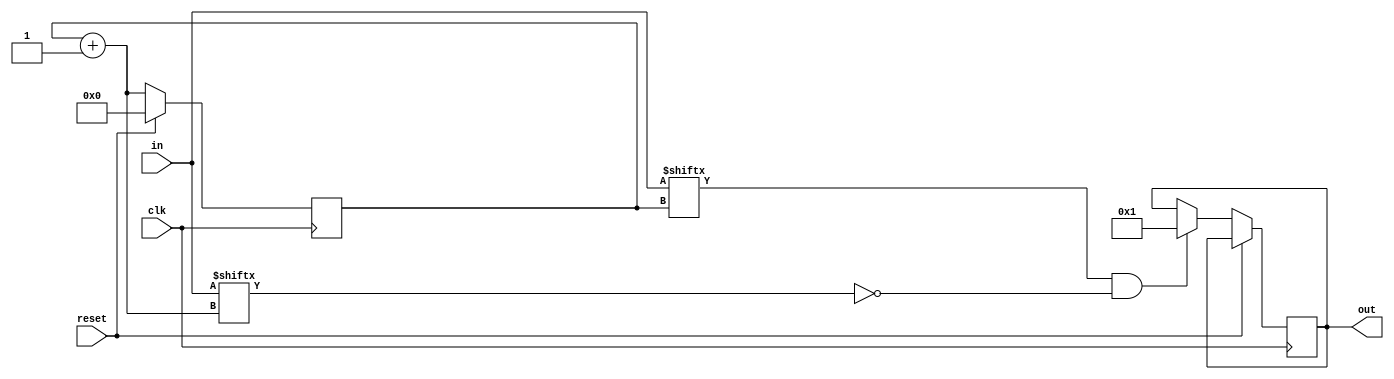
module top_module (
    input clk,
    input reset,
    input [31:0] in,
    output [31:0] out
);

    reg [31:0] state;
    reg [31:0] d;

    always @(posedge clk) begin
        if (reset) begin
            state <= 0;
        end else begin
            if (in[state] == 1 && in[state+1] == 0) begin
                d <= 1;
            end
            state <= state+1;
        end
    end

    assign out = d;

endmodule